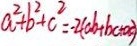
a ^ { 2 } + b ^ { 2 } + c ^ { 2 } = - 2 ( a b + b c + a c )